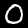
Label: 0